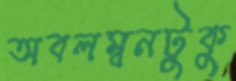
অবলম্বনটুকু